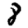
Digit: 8